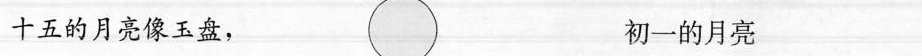
十五的月亮像玉盘，初一的月亮